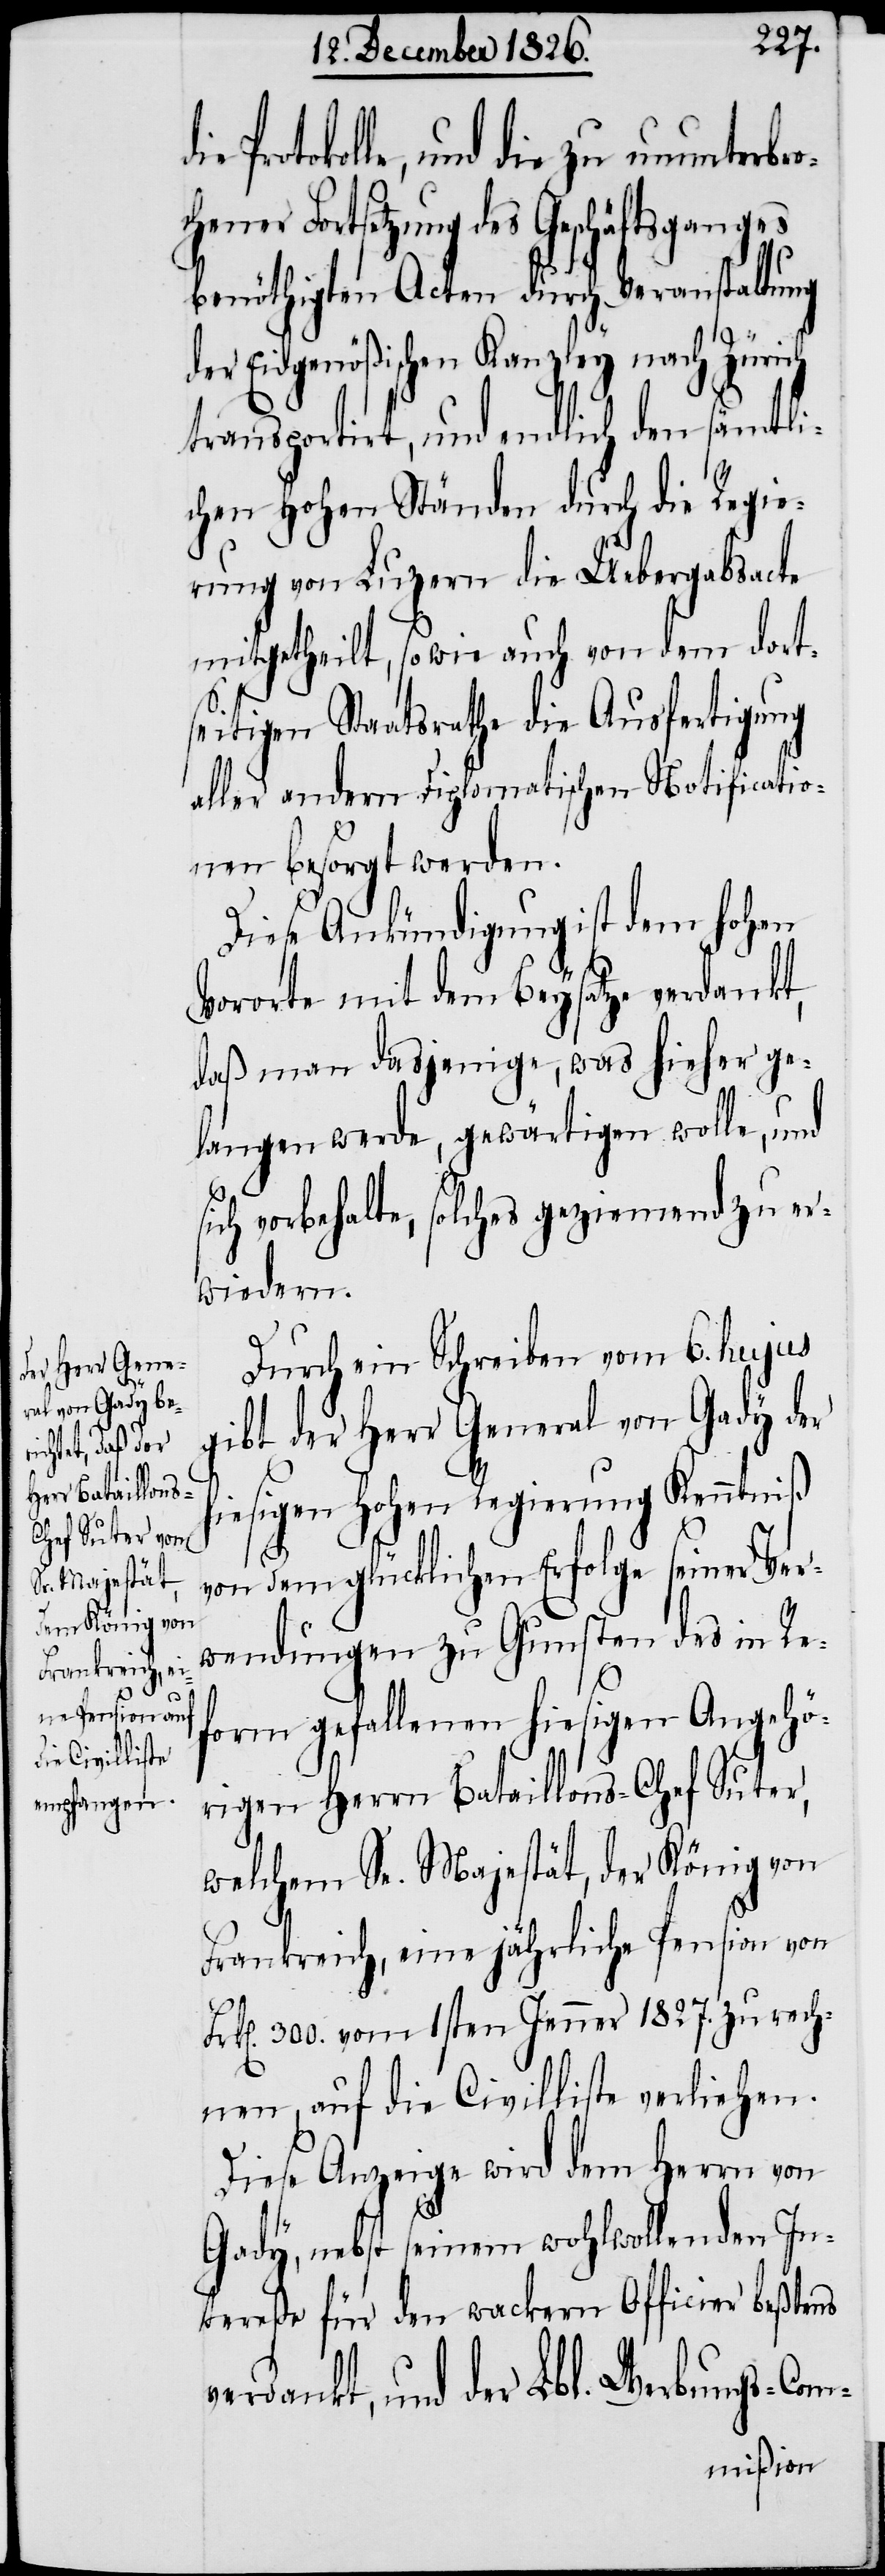
Protokolle, und die zu ununterbro¬
des Geschäftsganges
benöthigten Acten durch Veranstaltung
der Eidgenößischen Kanzley nach Zürich
transportirt, und endlich den sämtli¬
chen hohen Ständen durch die Regie¬
rung von Luzern die Uebergabsacte
mitgetheilt, sowie auch von dem dort¬
seitigen Staatsrathe die Ausfertigung
aller andern diplomatischen Notificatio¬
nen besorgt werden.
Diese Ankündigung ist dem hohen
Vororte mit dem Beysatze verdankt,
daß man dasjenige, was hieher ge¬
langen werde, gewärtigen wolle, und
ich vorbehalte, solches geziemend zu er¬
wiedern.
Durch ein Schreiben vom 6. hujus
gibt der Herr General von Gady der
hiesigen hohen Regierung Kenntniß
F¬
von dem glücklichen Erfolge seiner Ver¬
wendungen zu Gunsten des in Re¬
form gefallenen hiesigen Angehö¬
rigen Herrn Bataillons-Chef Suter,
welchem Se. Majestät, der König von
Frankreich, eine jährliche Pension von
rk[en]. 300. vom 1sten Jenner 1827. zu rech¬
nen, auf die Civilliste verliehen.
Diese Anzeige wird dem Herrn von
Gady, nebst seinem wohlwollenden In¬
tereße für den wackern Officier beßtens
verdankt, und der Lbl. Werbungs-Com-